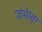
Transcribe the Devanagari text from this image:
जंभेस्वर